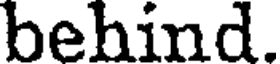
behind.